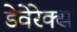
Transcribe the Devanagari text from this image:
डेवेरेक्स